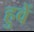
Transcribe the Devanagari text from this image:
हुवें